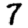
Digit: 7